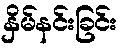
နှိမ်နင်းခြင်း